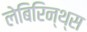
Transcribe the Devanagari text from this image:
लेबिरिन्थ्स